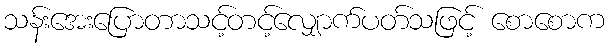
သန်းအေးပြောတာသင့်တင့်လျှောက်ပတ်သဖြင့် စောစောက